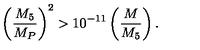
\left( \frac { M _ { 5 } } { M _ { P } } \right) ^ { 2 } > 1 0 ^ { - 1 1 } \left( \frac { M } { M _ { 5 } } \right) .